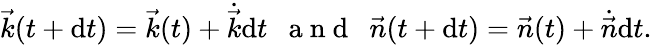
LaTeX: \vec{k}(t+\mathrm{d}t)=\vec{k}(t)+\dot{\vec{k}}\mathrm{d}t\enspace\mathrm{~a~n~d~}\enspace\vec{n}(t+\mathrm{d}t)=\vec{n}(t)+\dot{\vec{n}}\mathrm{d}t.